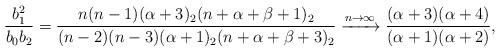
LaTeX: \begin{align*}\frac{b_1^2}{b_0b_2}=\frac{n(n-1)(\alpha+3)_2(n+\alpha+\beta+1)_2} {(n-2)(n-3)(\alpha+1)_2(n+\alpha+\beta+3)_2} \xrightarrow{n\to\infty}\frac{(\alpha+3)(\alpha+4)}{(\alpha+1)(\alpha+2)},\end{align*}